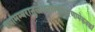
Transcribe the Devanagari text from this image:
श्यामम्बरानुलेपनस्रगाभरणामेकवक्त्रां